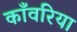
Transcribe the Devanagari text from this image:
काँवरिया